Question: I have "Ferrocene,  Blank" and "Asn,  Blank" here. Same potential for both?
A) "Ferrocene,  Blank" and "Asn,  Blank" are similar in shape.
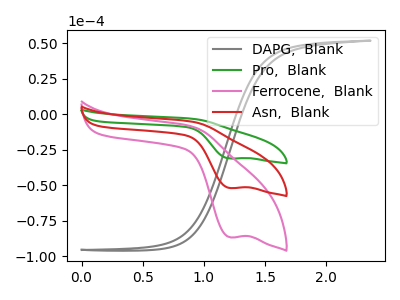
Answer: <think>The gray curve "DAPG,  Blank" has no peaks. The green curve "Pro,  Blank" has a cathodic peak at: (1.20V, -103.75uA). The pink curve "Ferrocene,  Blank" has a cathodic peak at: (1.20V, -86.60uA). The red curve "Asn,  Blank" has a cathodic peak at: (1.20V, -51.90uA).
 All the peaks in "Ferrocene,  Blank" have a peak in "Asn,  Blank" at the same potential. Every peak in "Ferrocene,  Blank" is higher than every peak in "Asn,  Blank".</think>
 <answer>A) "Ferrocene,  Blank" and "Asn,  Blank" are similar in shape.</answer>
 <eval>A</eval>